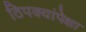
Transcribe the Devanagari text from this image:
ठिपक्यांपेक्षा